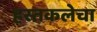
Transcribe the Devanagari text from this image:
हस्तकलेचा